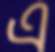
এ